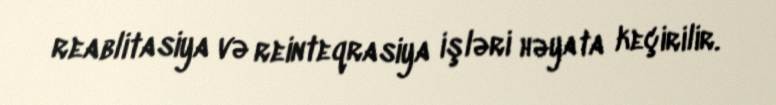
reablitasiya və reinteqrasiya işləri həyata keçirilir.